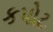
કપોટ